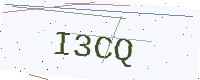
Text: I3CQ